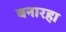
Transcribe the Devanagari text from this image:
बनारहा